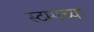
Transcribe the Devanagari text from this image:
स्टम्पच्या